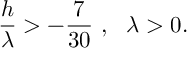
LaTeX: { \frac { h } { \lambda } } > - { \frac { 7 } { 3 0 } } \ , \ \ \lambda > 0 .